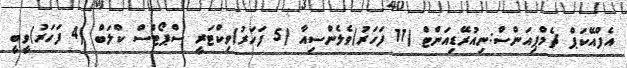
އެފްއޭކަޕް ޗެމްޕިއަންސް:ނިއުރޭޑިއަންޓް (11 ފަހަރު)ވެލެންސިއާ (5 ފަހަރު)ވިކްޓަރީ ސްޕޯޓްސް ކްލަބް (4 ފަހަރު)ވީބީ